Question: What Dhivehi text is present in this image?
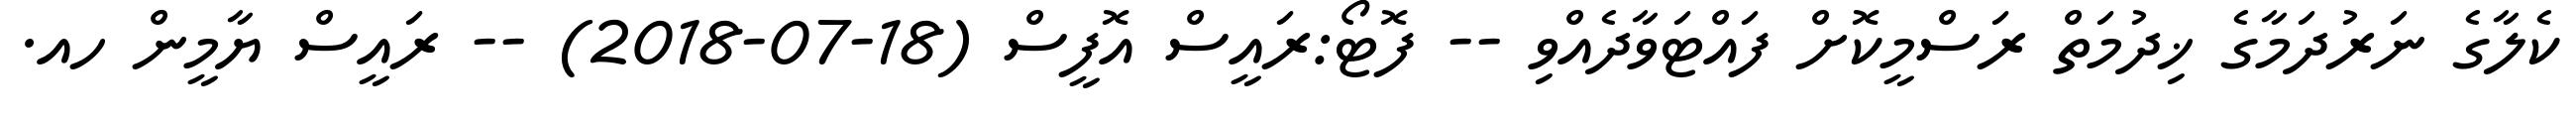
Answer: ކެލާގެ ނަރުދަމާގެ ޚިދުމަތް ރަސްމީކޮށް ފައްޓަވާދެއްވި -- ފޮޓޯ:ރައީސް އޮފީސް (18-07-2018) -- ރައީސް ޔާމީން ހއ.